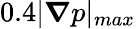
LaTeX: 0.4|\boldsymbol{\nabla}p|_{max}